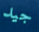
جيد